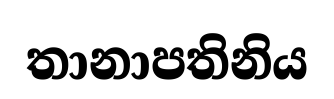
තානාපතිනිය